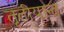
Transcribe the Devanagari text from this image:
तृतीयान्त